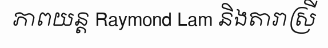
ភាពយន្ត Raymond Lam និងតារាស្រី